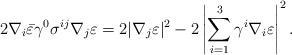
\begin{align*}2\nabla_i\bar{\varepsilon}\gamma^0\sigma^{ij}\nabla_j\varepsilon=2|\nabla_j\varepsilon|^2-2\left|\sum^3_{i=1}\gamma^i\nabla_i\varepsilon\right|^2.\end{align*}